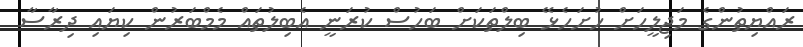
ރައްޔިތުންގެ މަޖިލީހަށް ހުށަހެޅޭ ބިލްތަކަށް ބަހުސް ކުރަނީ އެބިލުތައް މެމްބަރުން ކިޔައި ދިރާސާ